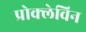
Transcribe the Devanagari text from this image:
प्रोक्लेविन